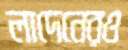
লাদেনেরও